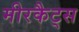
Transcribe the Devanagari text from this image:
मीरकैट्स